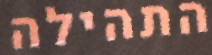
התהילה